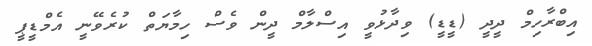
އިބްރާހިމް ދީދީ (ޑީޑީ) ވިދާޅުވީ އިސްލާމް ދީން ވެސް ހިމާޔަތް ކުރެވޭނީ އެމްޑީޕީ